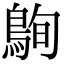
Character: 𪀠